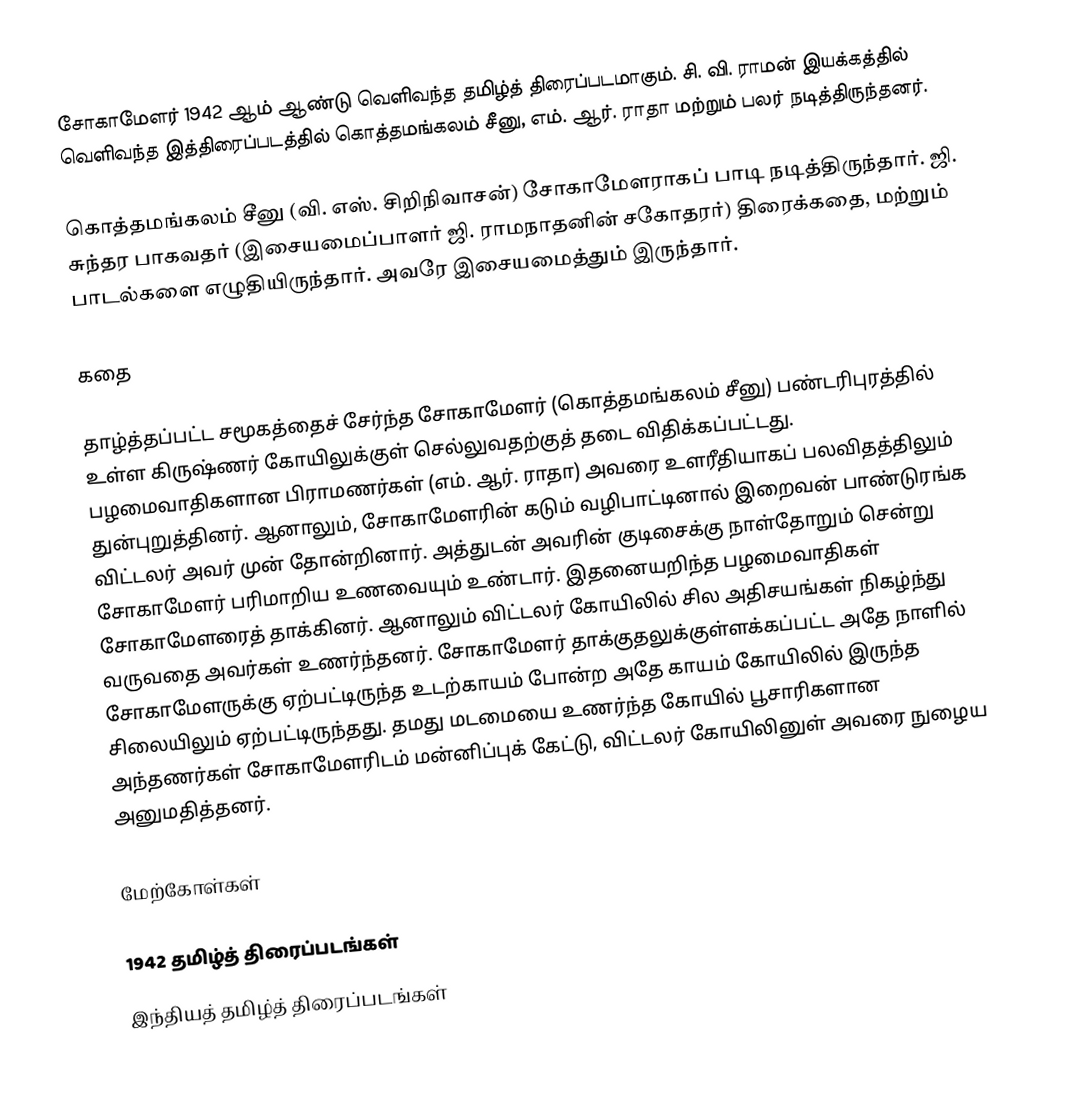
சோகாமேளர் 1942 ஆம் ஆண்டு வெளிவந்த தமிழ்த் திரைப்படமாகும். சி. வி. ராமன் இயக்கத்தில் வெளிவந்த இத்திரைப்படத்தில் கொத்தமங்கலம் சீனு, எம். ஆர். ராதா மற்றும் பலர் நடித்திருந்தனர்.

கொத்தமங்கலம் சீனு (வி. எஸ். சிறிநிவாசன்) சோகாமேளராகப் பாடி நடித்திருந்தார். ஜி. சுந்தர பாகவதர் (இசையமைப்பாளர் ஜி. ராமநாதனின் சகோதரர்) திரைக்கதை, மற்றும் பாடல்களை எழுதியிருந்தார். அவரே இசையமைத்தும் இருந்தார்.

கதை

தாழ்த்தப்பட்ட சமூகத்தைச் சேர்ந்த சோகாமேளர் (கொத்தமங்கலம் சீனு) பண்டரிபுரத்தில் உள்ள கிருஷ்ணர் கோயிலுக்குள் செல்லுவதற்குத் தடை விதிக்கப்பட்டது. பழமைவாதிகளான பிராமணர்கள் (எம். ஆர். ராதா) அவரை உளரீதியாகப் பலவிதத்திலும் துன்புறுத்தினர். ஆனாலும், சோகாமேளரின் கடும் வழிபாட்டினால் இறைவன் பாண்டுரங்க விட்டலர்  அவர் முன் தோன்றினார். அத்துடன் அவரின் குடிசைக்கு நாள்தோறும் சென்று சோகாமேளர் பரிமாறிய உணவையும் உண்டார். இதனையறிந்த பழமைவாதிகள் சோகாமேளரைத் தாக்கினர். ஆனாலும் விட்டலர் கோயிலில் சில அதிசயங்கள் நிகழ்ந்து வருவதை அவர்கள் உணர்ந்தனர். சோகாமேளர் தாக்குதலுக்குள்ளக்கப்பட்ட அதே நாளில் சோகாமேளருக்கு ஏற்பட்டிருந்த உடற்காயம் போன்ற அதே காயம் கோயிலில் இருந்த சிலையிலும் ஏற்பட்டிருந்தது. தமது மடமையை உணர்ந்த கோயில் பூசாரிகளான அந்தணர்கள் சோகாமேளரிடம் மன்னிப்புக் கேட்டு, விட்டலர் கோயிலினுள் அவரை நுழைய அனுமதித்தனர்.

மேற்கோள்கள்

1942 தமிழ்த் திரைப்படங்கள்
இந்தியத் தமிழ்த் திரைப்படங்கள்